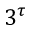
3 ^ { \tau }